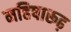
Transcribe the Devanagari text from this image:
महिषारूढ़